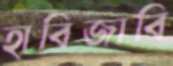
হাবিজাবি